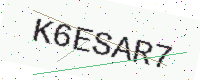
Text: K6ESAR7